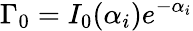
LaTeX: \Gamma_{0}=I_{0}(\alpha_{i})e^{-\alpha_{i}}